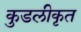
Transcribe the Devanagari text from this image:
कुडलीकृत